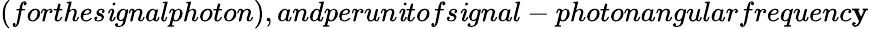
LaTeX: (forthes\mathit{i}gnalphoton),andperun\mathit{i}tofs\mathit{i}gnal-photonangularfrequenc\mathbf{y}